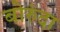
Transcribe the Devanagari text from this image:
बोरुंदा